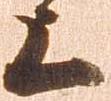
上